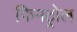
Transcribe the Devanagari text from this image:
फिनट्रोल